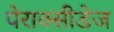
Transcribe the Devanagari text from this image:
पेराक्सीडेज